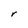
Character: r